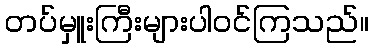
တပ်မှူးကြီးများပါဝင်ကြသည်။